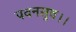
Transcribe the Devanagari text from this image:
पवनसुव।।